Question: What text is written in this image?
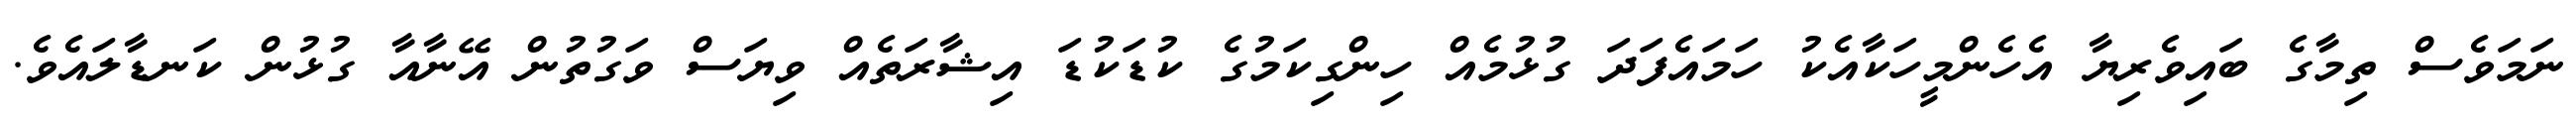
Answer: ނަމަވެސް ތިމާގެ ބައިވެރިޔާ އެހެންމީހަކާއެކު ހަމައެފަދަ ގުޅުމެއް ހިންގިކަމުގެ ކުޑަކުޑަ އިޝާރަތެއް ވިޔަސް ވަގުތުން އޭނާއާ ގުޅުން ކަނޑާލައެވެ.